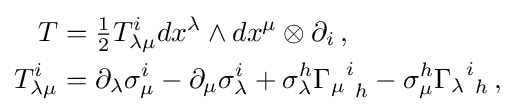
{\begin{aligned}T&={\tfrac {1}{2}}T_{\lambda \mu }^{i}dx^{\lambda }\wedge dx^{\mu }\otimes \partial _{i}\,,\\T_{\lambda \mu }^{i}&=\partial _{\lambda }\sigma _{\mu }^{i}-\partial _{\mu }\sigma _{\lambda }^{i}+\sigma _{\lambda }^{h}{{\Gamma _{\mu }}^{i}}_{h}-\sigma _{\mu }^{h}{{\Gamma _{\lambda }}^{i}}_{h}\,,\end{aligned}}